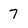
Character: 7